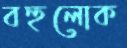
বহুলোক